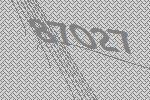
87027